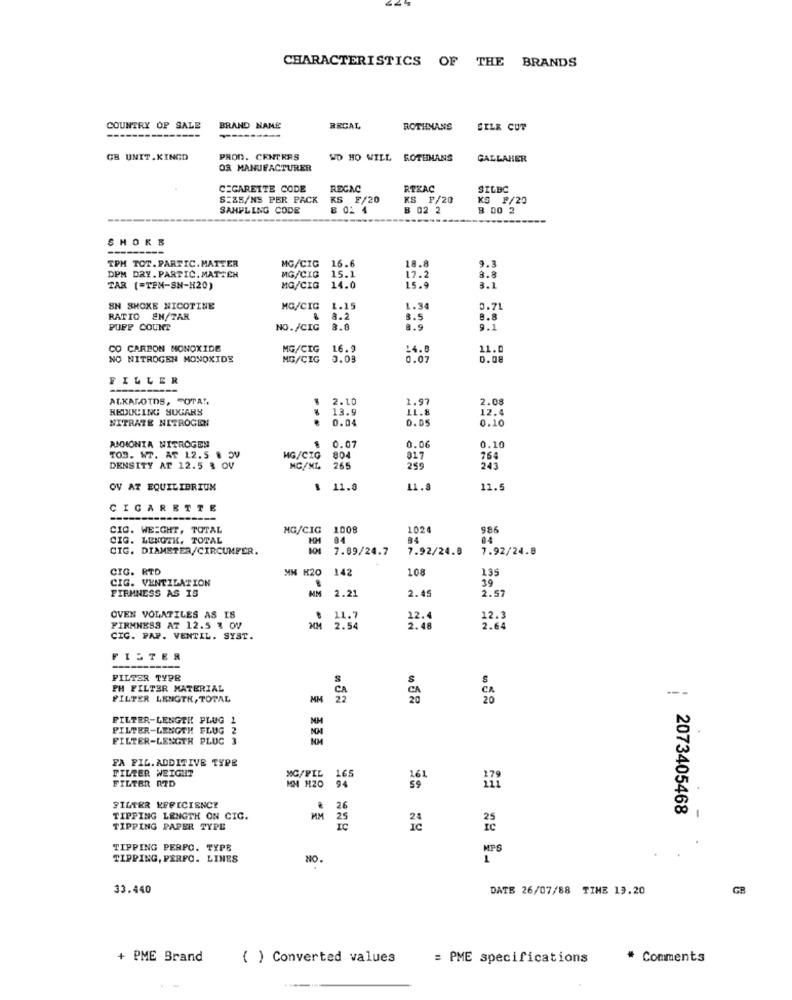
CHARACTERISTICS
OF THE
BRANDS
COUNTRY OF SALE
BRAND NAME
REGAL
ROTHMANS
SILK CUT
GB UNIT.KINGD
PROD. CENTRES
WD HO WILL ROTHMANS
GALLAHER
O3 MANUFACTURER
CIGARETTE CODE
REGAC
RTZAC
SILBC
S=35/NS PER PACK
KS F/20
KS P/20
KG F/20
SAHPLING CODE
B 02 4
B 02 2
3 00 2
---
SHOKE
---------
MG/CIG
TPM TOT. PARTIC. MATTER
16.6
18.8
9.3
DPM DRY. PARTIC. MATTEN
MG/CIG 15.1
17.2
3.8
TAR (=TEM-SN-H20)
MG/CIG
14.0
3. 1
SN SHOKE NICOTINE
MG/CIG
1.15
1.34
0.71
RATIO EN/TAR
8.2
8.5
8.8
PUPP COUNT
NO./CIG
8.8
8.9
9.1
CO CARBON MONOXIDE
MG/CIG
16.9
14.8
11.
NO NITROGEN MONOXIDE
MG/CIG
0.03
0.07
0.08
FILLER
ALKAFOTOS, FOTAT,
2.10
1.97
2.08
REDUCING SUGARS
13.9
LL.8
12.4
NITRATE NITROGEN
0.04
0.05
0.10
AMMONIA NITROGEN
0.07
0.06
0.10
TOD. W7. AT 12.5 . 3V
MG/CIG
804
317
764
DENSITY AT 12.5 & OV
MG/ML.
265
259
OV AT EQUILIBRIUM
: 11.0
11.8
11.5
CIGARETTE
---------
CIO. WEIGHT, TOTAL
MG/CIG
1008
1026
986
CIG. LENGTH. TOTAL
94
84
CIG. DIAMETER/CIRCUMFER.
7.89/24.7
7.92/24.8
7.92/24.8
CIG. RTD
MM H20
142
108
135
CIG. VENTILATION
39
FIRMNESS AS IS
MM
2.21
2.45
2.57
OVEN VOLATILES AS IS
11.7
12.4
12.3
FIRMNESS AT 12.5 % OV
2.54
2.48
2.64
CIC. PAP. VENTIL. SYST.
ISTE
FILTER TYPE
s
PH FILTER MATERIAL
FILTER LENGTH, TOTAL
MM
FILTER-LENGTH PLUG 1
FILTER-LENGTH FLUG
2
MM
FILTER-LENGTH PLUG 3
FA FIL.ADDITIVE TYPE
FILTER WEIGHT
FILTER RTD
MG/PIL
165
MM H20
94
FILTER EFFICIENCE
26
: 2073405468
TIPPING LENGTH ON CIG.
MM
25
TIPPING PAPER TYPE
Te
TIPPING PERPO. TYPE
MPS
TIPPING, PERFO. LINES
NO.
33.440
DATE 26/07/88 TIME 19.20
GB
+ PME Brand
( ) Converted values
= PME specifications
Comments